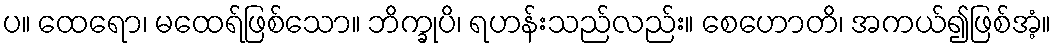
ပ။ ထေရော၊ မထေရ်ဖြစ်သော။ ဘိက္ခုပိ၊ ရဟန်းသည်လည်း။ စေဟောတိ၊ အကယ်၍ဖြစ်အံ့။